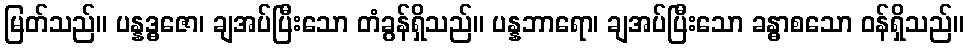
မြတ်သည်။ ပန္နဒ္ဓဇော၊ ချအပ်ပြီးသော တံခွန်ရှိသည်။ ပန္နဘာရော၊ ချအပ်ပြီးသော ခန္ဓာစသော ဝန်ရှိသည်။